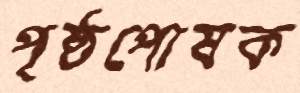
পৃষ্ঠপোষক